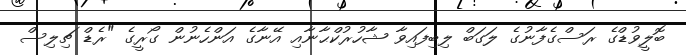
ބޮލީވުޑްގެ ރަސްގެފާނުގެ ލަގަބް ލިބިފައިވާ ޝާހުރުކްޙާނާއި އޭނާގެ އަންހެނުން ގޯރީގެ "ރެޑް ޗިލިސް